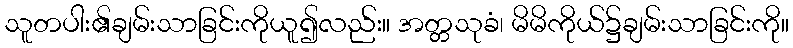
သူတပါး၏ချမ်းသာခြင်းကိုယူ၍လည်း။ အတ္တသုခံ၊ မိမိကိုယ်၌ချမ်းသာခြင်းကို။